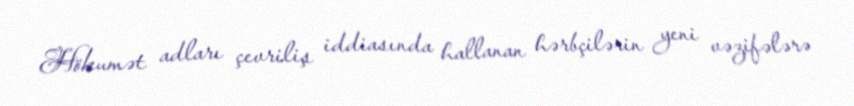
Hökumət adları çevriliş iddiasında hallanan hərbçilərin yeni vəzifələrə